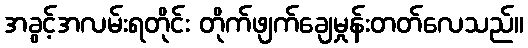
အခွင့်အလမ်းရတိုင်း တိုက်ဖျက်ချေမှုန်းတတ်လေသည်။